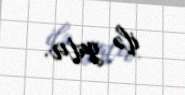
ilə yatır.